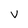
Character: v